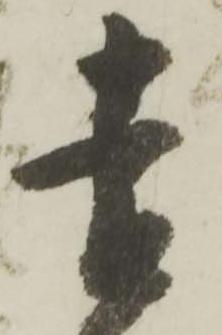
遠